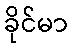
ခိုင်မာ